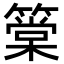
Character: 䉎